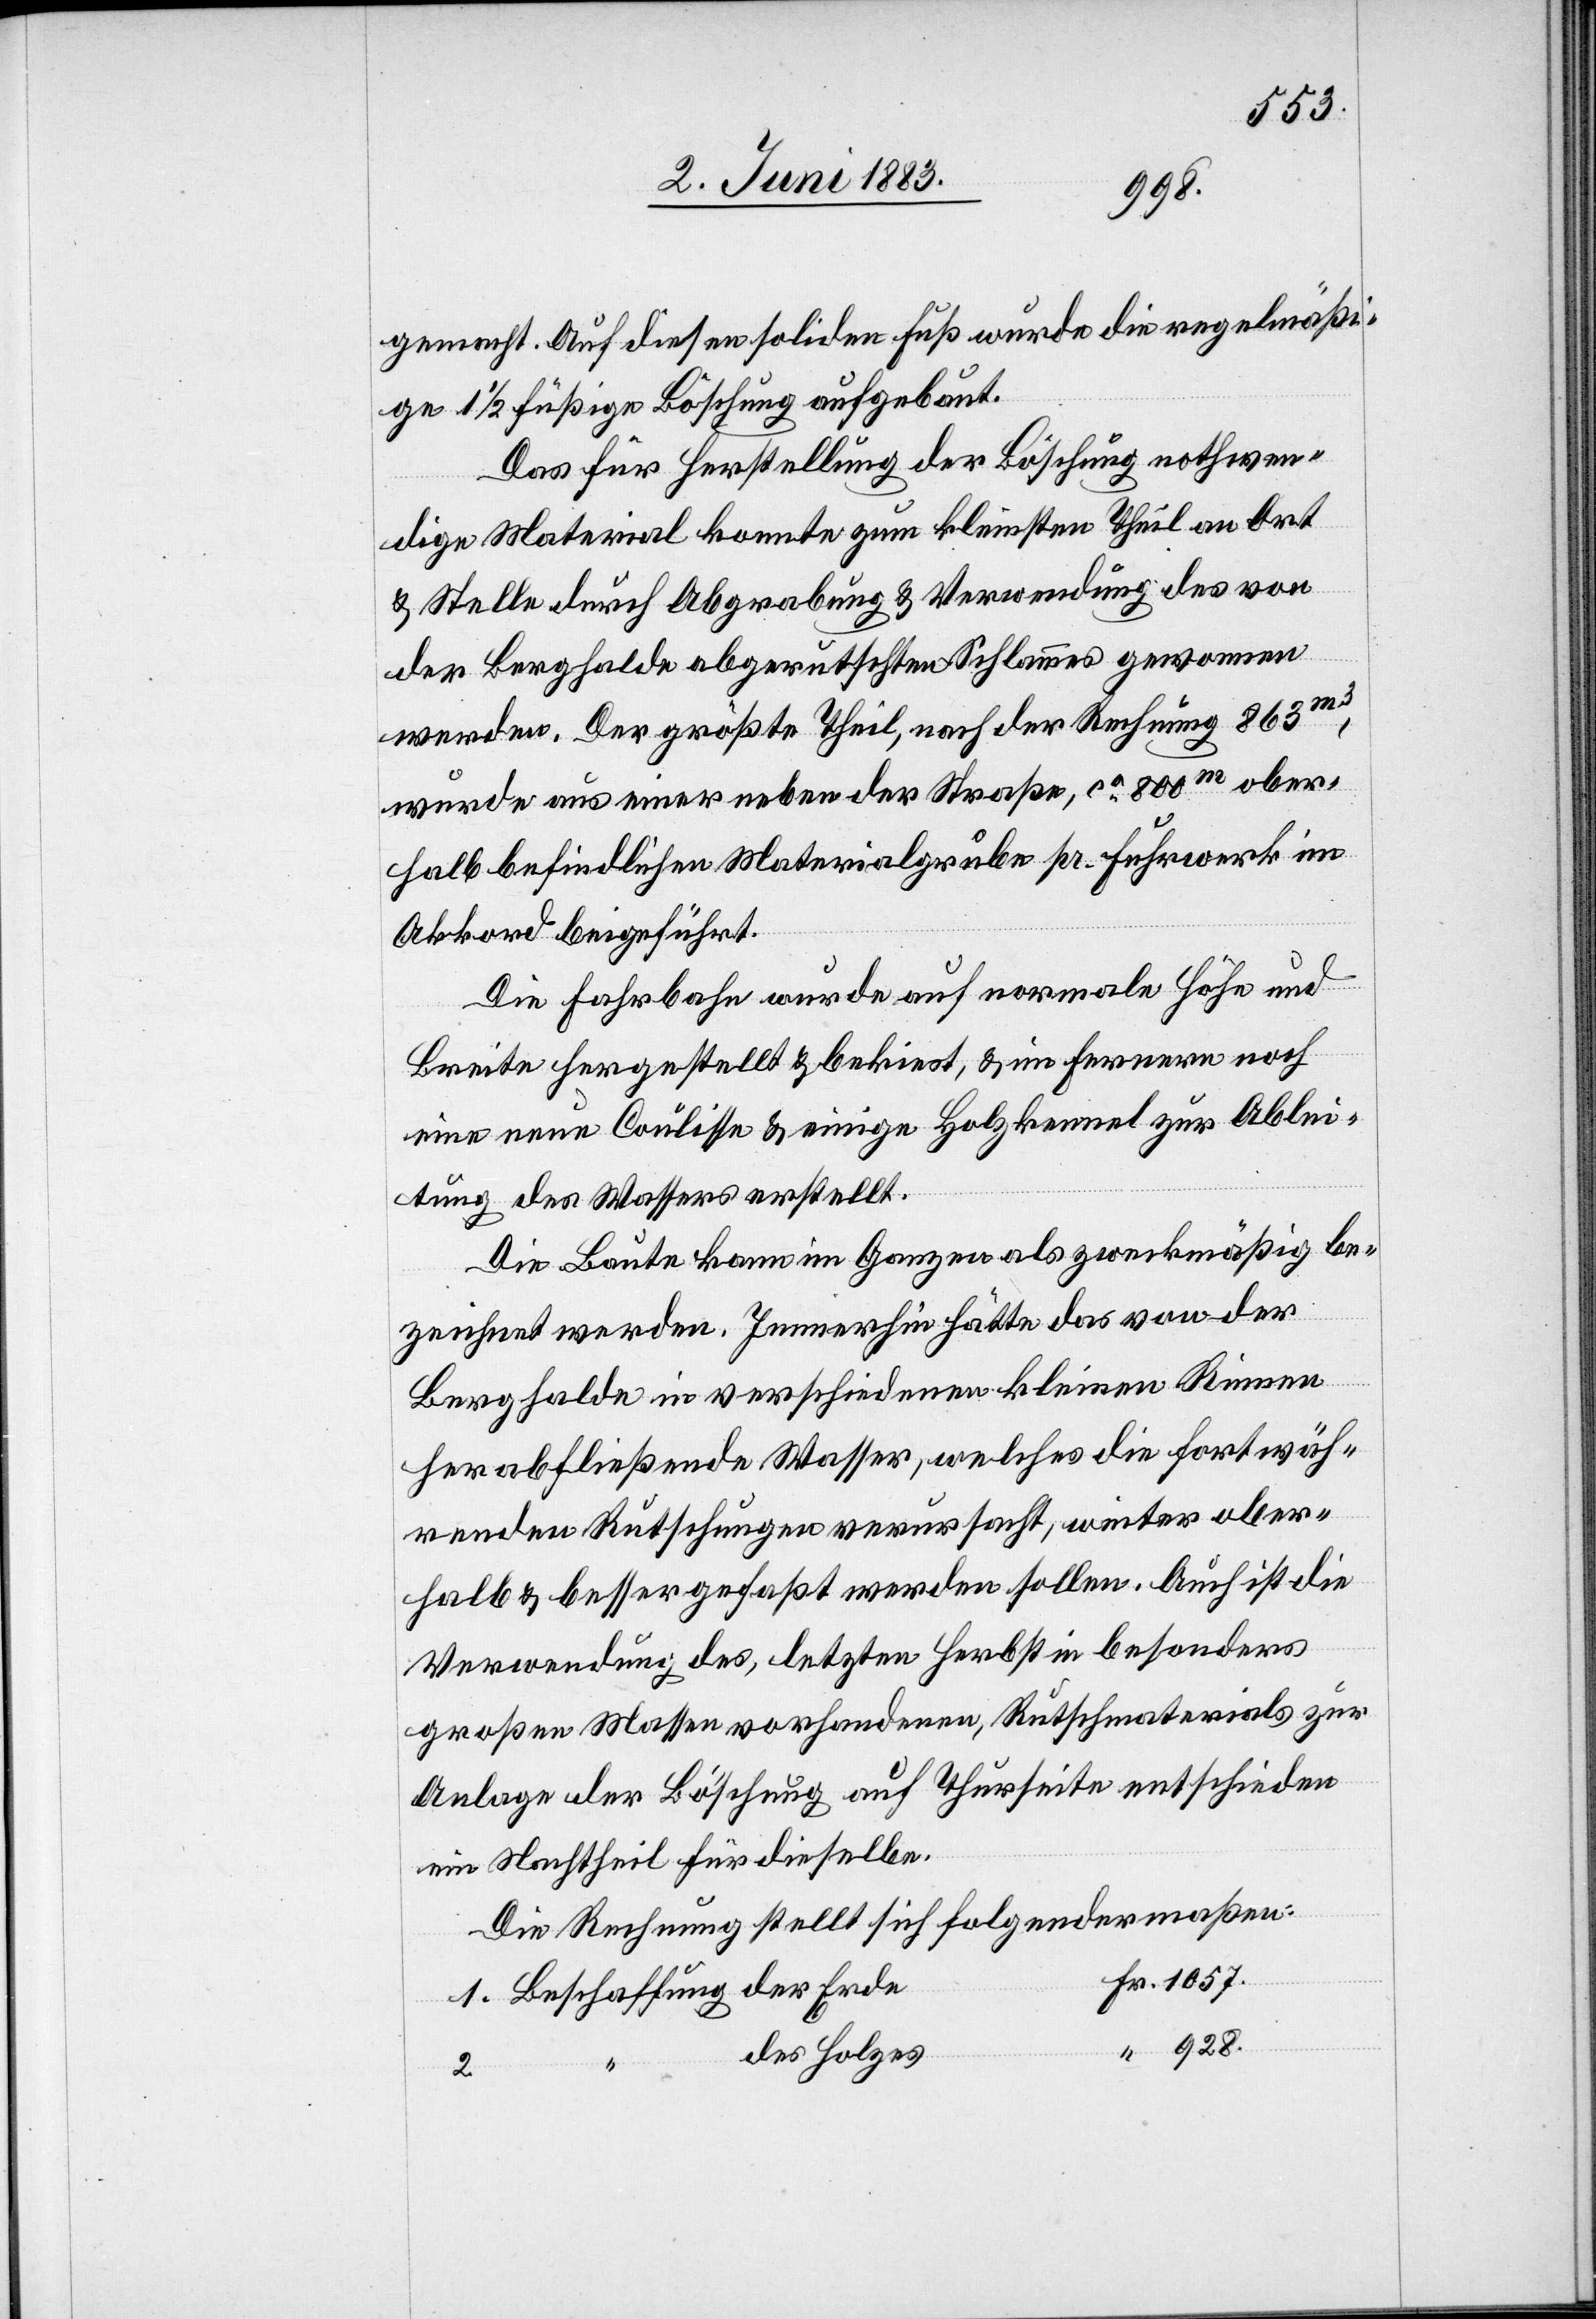
1057
gemacht. Auf diesen soliden Fuß wurde die regelmäßi¬
ge 1 1/2 füßige Böschung aufgebaut.
Das für Herstellung der Böschung nothwen¬
dige Material konnte zum kleinsten Theil an Ort
& Stelle durch Abgrabung & Verwendung des von
der Berghalde abgerutschten Schlammes gewonnen
werden. Der größte Theil, nach der Rechnung 863m3,
wurde aus einer neben der Straße, ca 800m ober¬
halb befindlichen Materialgrube pr. Fuhrwerk im
Akkord beigeführt.
Die Fahrbahn wurde auf normale Höhe und
Breite hergestellt & bekiest, & im Ferneren noch
eine neue Coulisse & einige Holzkennel zur Ablei¬
tung des Wassers erstellt.
Die Baute kann im Ganzen als zweckmäßig be¬
zeichnet werde. Immerhin hätten das von der
“
Berghalde in verschiedenen kleinen Rinnen
herabfließende Wasser, welches die fortwäh¬
renden Rutschungen verursacht, weiter ober¬
halb & besser gefaßt werden sollen. auch ist die
Verwendung des, letzten Herbst in besonders
großen Massen vorhandenen, Rutschmaterials zur
Anlage der Böschung auf Thurseite entschieden
ein Nachtheil für dieselbe.
Die Rechnung stellt sich folgendermaßen:
1. Beschaffung der Erde
des Holzes
2.